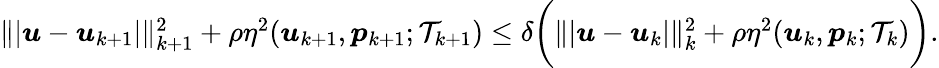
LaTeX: \begin{array}{r}{\| \vert\boldsymbol{u}-\boldsymbol{u}_{k+1}\vert\| _{k+1}^{2}+\rho\eta^{2}(\boldsymbol{u}_{k+1},\boldsymbol{p}_{k+1};\mathcal{T}_{k+1})\leq\delta\bigg(\| \vert\boldsymbol{u}-\boldsymbol{u}_{k}\vert\| _{k}^{2}+\rho\eta^{2}(\boldsymbol{u}_{k},\boldsymbol{p}_{k};\mathcal{T}_{k})\bigg).}\end{array}